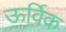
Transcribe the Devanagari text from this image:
ऊर्विक